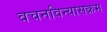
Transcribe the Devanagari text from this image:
वचनविन्यासक्रम